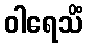
ဝါရေသိံ